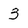
Character: 3